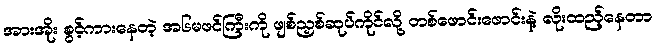
အားအိုး စွင့်ကားနေတဲ့ အ၆မဖင်ကြီးကို ဖျစ်ညှစ်ဆုပ်ကိုင်လို့ တစ်ဖောင်းဖောင်းနဲ့ လိုးထည့်နေတာ